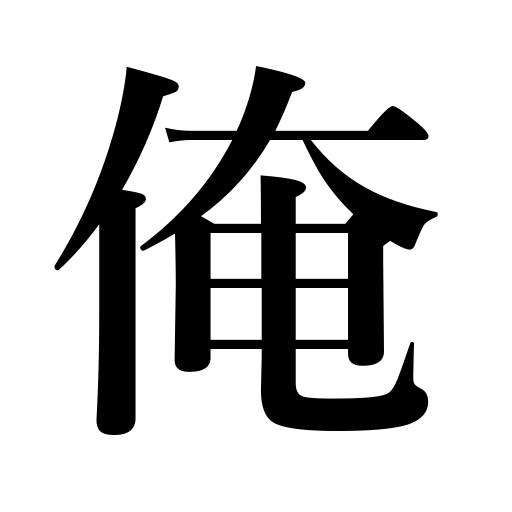
Meanings: I